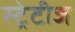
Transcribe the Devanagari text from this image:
स्ट्रेटीज